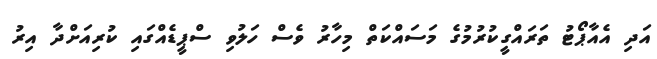
އަދި އެއާޕޯޓު ތަރައްގީކުރުމުގެ މަސައްކަތް މިހާރު ވެސް ހަލުވި ސްޕީޑެއްގައި ކުރިއަށްދާ އިރު